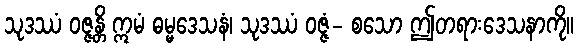
သုဒဿံ ဝဇ္ဇန္တိ ဣမံ ဓမ္မဒေသနံ၊ သုဒဿံ ဝဇ္ဇံ- စသော ဤတရားဒေသနာကို။